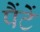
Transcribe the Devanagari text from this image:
पैंटें